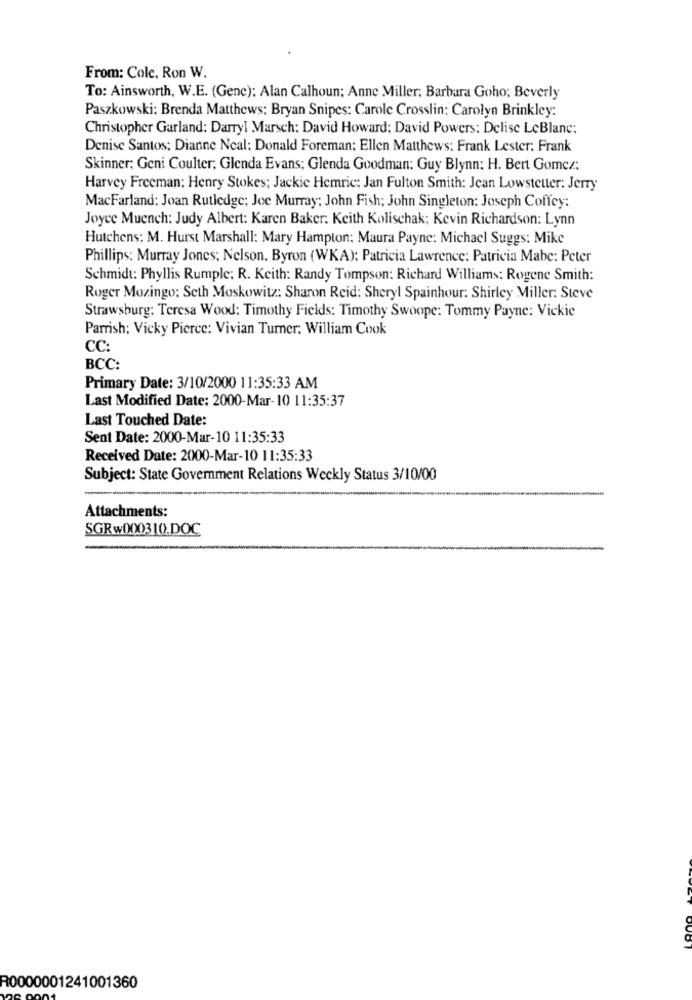
From: Cole, Ron W.
To: Ainsworth, W.E. (Genc): Alan Calhoun; Anne Miller; Barbara Goho; Beverly
Paszkowski: Brenda Matthews: Bryan Snipes: Carole Crosslin; Carolyn Brinkley:
Christopher Garland: Darryl Marsch: David Howard; David Powers: Delise LeBlanc;
Denise Santos; Dianne Neal: Donald Foreman; Ellen Matthews: Frank Lester; Frank
Skinner; Geni Coulter: Glenda Evans; Glenda Goodman: Guy Blynn: H. Bert Gomez:
Harvey Freeman: Henry Stokes; Jackie Hemric: Jan Fulton Smith: Jean Lowstetter: Jerry
MacFarland: Joan Rutledge; Joe Murray; John Fish; John Singleton: Joseph Coffey:
Joyce Muench: Judy Albert: Karen Baker: Keith Kolischak; Kevin Richardson: Lynn
Hutchens: M. Hurst Marshall: Mary Hampton; Maura Payne: Michael Suggs: Mike
Phillips: Murray Jones; Nelson, Byron (WKA); Patricia Lawrence: Patricia Mabe: Peter
Schmidt: Phyllis Rumple; R. Keith: Randy Tompson: Richard Williams: Rogene Smith:
Roger Mozingo: Seth Moskowitz: Sharon Reid: Sheryl Spainhour: Shirley Miller: Steve
Strawsburg: Teresa Wood: Timothy Fields: Timothy Swoope: Tommy Payne: Vickie
Parrish: Vicky Pierce: Vivian Turner: William Cook
CC:
BCC:
Primary Date: 3/10/2000 11:35:33 AM
Last Modified Date: 2000-Mar-10 11:35:37
Last Touched Date:
Sent Date: 2000-Mar-10 11:35:33
Received Date: 2000-Mar-10 11:35:33
Subject: State Government Relations Weekly Status 3/10/00
Attachments:
SGRw000310.DOC
R0000001241001360